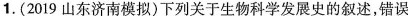
1.(2019山东济南模拟)下列关于生物科学发展史的叙述，错误